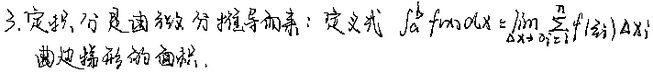
3. 定积分是函数微分推导而来：定义式
\[\int_{a}^{b} f(x)\mathrm{d}x = \lim_{\Delta x_{i}\to 0}\sum_{i = 1}^{n} f(\xi_{i})\Delta x_{i}\]
此式表示曲边梯形的面积。